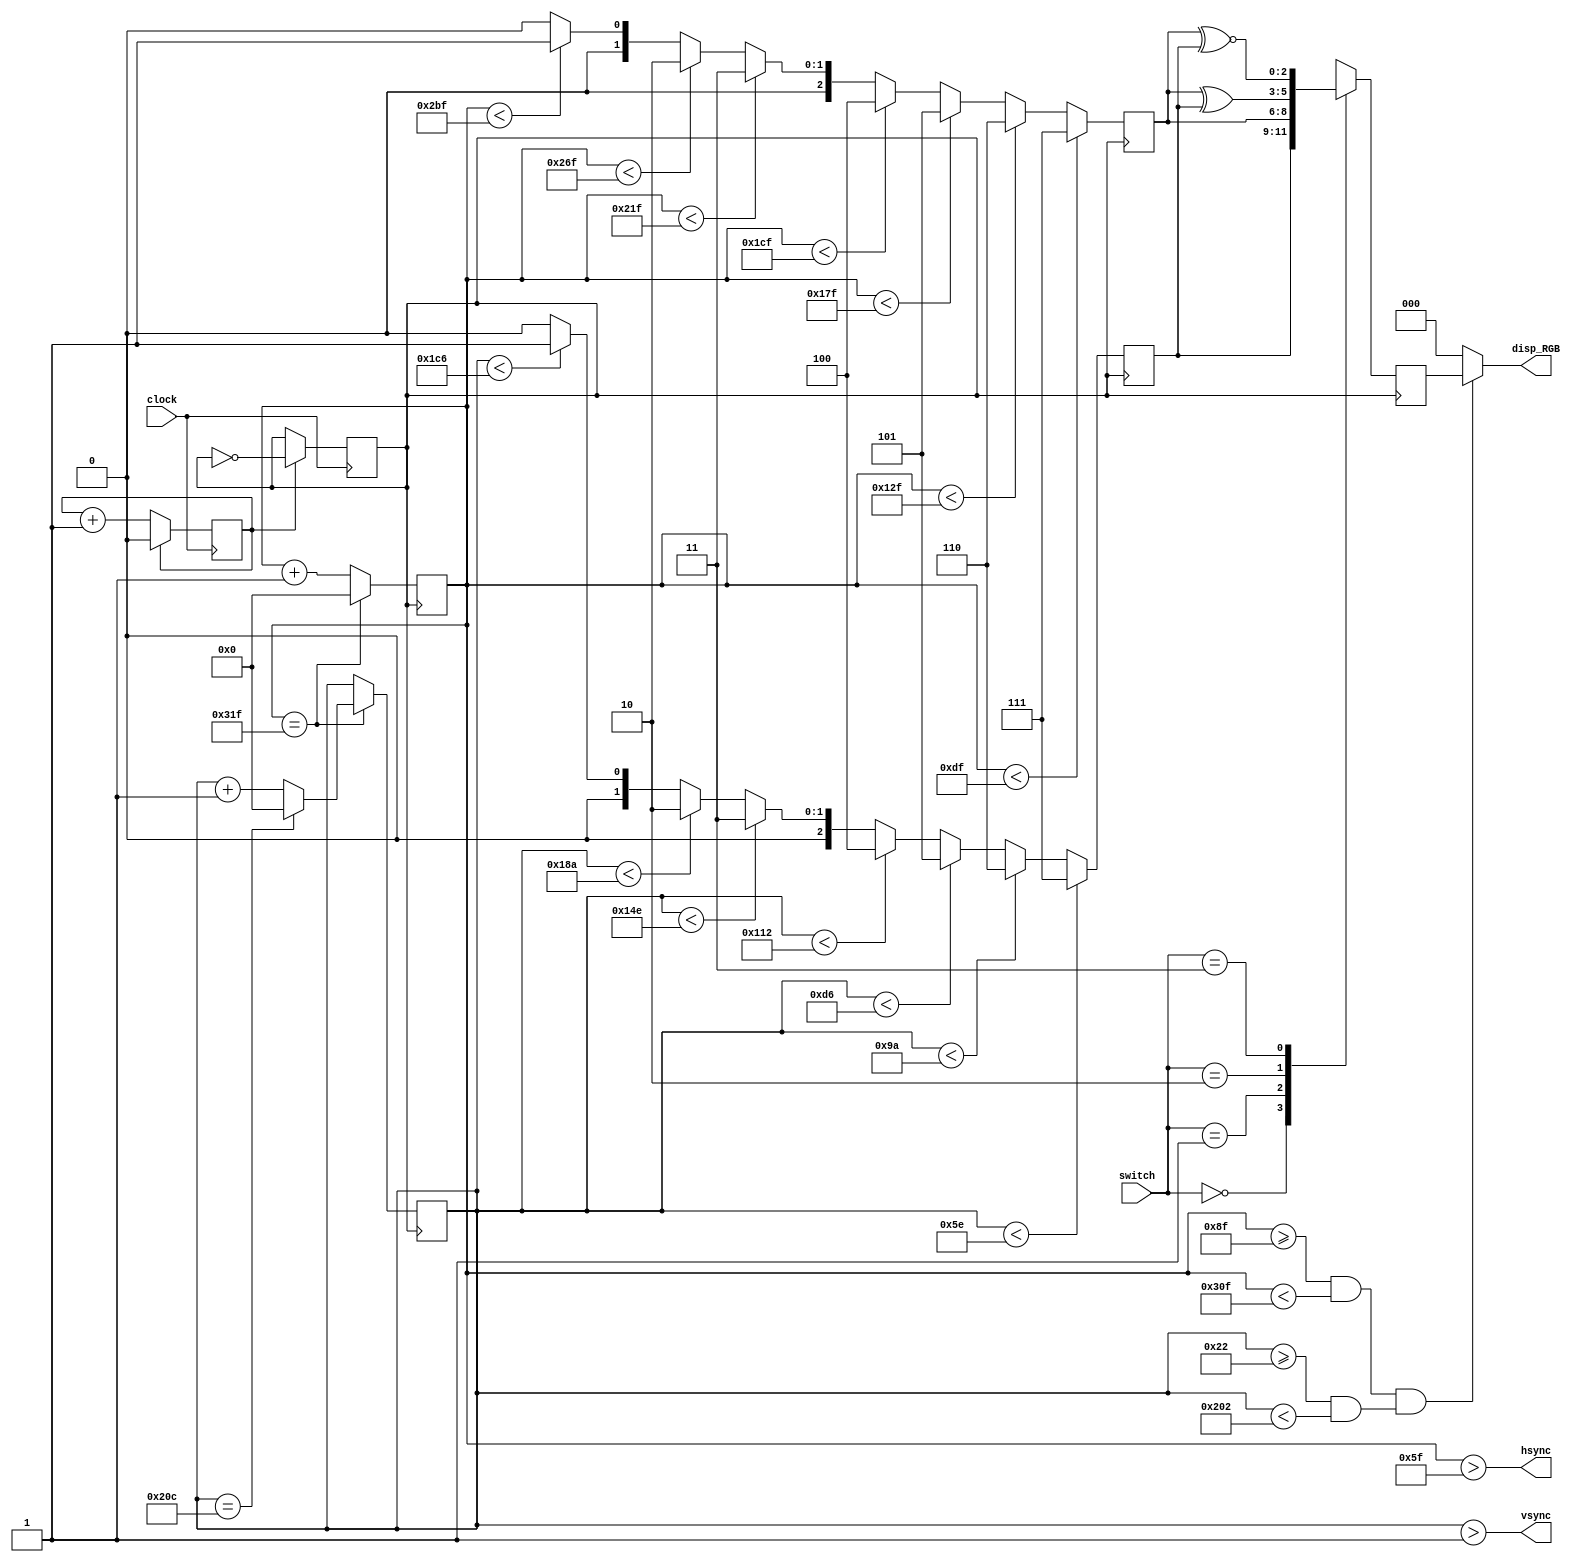
module vga( clock, switch, disp_RGB, hsync, vsync );

            input clock; //ϵͳʱ 100MHz
            input [1:0]switch;
            output [2:0]disp_RGB; //VGA 
            output hsync; //VGA ͬź
            output vsync; //VGA ͬź

            reg [9:0] hcount; //VGA ɨ
            reg [9:0] vcount; //VGA ɨ
            reg [2:0] data;
            reg [2:0] h_dat;
            reg [2:0] v_dat;
            reg flag;
            wire hcount_ov;
            wire vcount_ov;
            wire dat_act;
            wire hsync;
            wire vsync;
            reg vga_clk=0;
            reg cnt_clk=0; //Ƶ

            //VGA Сɨʱ
            parameter hsync_end = 10'd95,
            hdat_begin = 10'd143,
            hdat_end = 10'd783,
            hpixel_end = 10'd799,
            vsync_end = 10'd1,
            vdat_begin = 10'd34,
            vdat_end = 10'd514,
            vline_end = 10'd524;

            always @(posedge clock)
            begin
                if(cnt_clk == 1)begin
                    vga_clk <= ~vga_clk;
                    cnt_clk <= 0;
                 end
                else
                    cnt_clk <= cnt_clk +1;
            end

  //************************VGA *******************************//ɨ
            always @(posedge vga_clk)
            begin
                if (hcount_ov)
                    hcount <= 10'd0;
                 else
                     hcount <= hcount + 10'd1;
            end
            assign hcount_ov = (hcount == hpixel_end);

            //ɨ
            always @(posedge vga_clk)
            begin
                if (hcount_ov)
                begin
                    if (vcount_ov)
                        vcount <= 10'd0;
                    else
                        vcount <= vcount + 10'd1;
                end
            end
            assign vcount_ov = (vcount == vline_end);

            //ݡͬź
            assign dat_act = ((hcount >= hdat_begin) && (hcount < hdat_end))
&& ((vcount >= vdat_begin) && (vcount < vdat_end));
            assign hsync = (hcount > hsync_end);
            assign vsync = (vcount > vsync_end);
            assign disp_RGB = (dat_act) ? data : 3'h00;

            always @(posedge vga_clk)
            begin
                case(switch[1:0])
                    2'd0: data <= h_dat; //ѡ
                    2'd1: data <= v_dat; //ѡ
                    2'd2: data <= (v_dat ^ h_dat); //̸
                    2'd3: data <= (v_dat ~^ h_dat); //̸
                endcase
            end

            always @(posedge vga_clk) //
            begin
                if(hcount < 223)
               v_dat <= 3'h7; 
                else if(hcount < 303)
                    v_dat <= 3'h6; 
                else if(hcount < 383)
               v_dat <= 3'h5;
                else if(hcount < 463)
               v_dat <= 3'h4; 
                else if(hcount < 543)
               v_dat <= 3'h3; 
                else if(hcount < 623)
               v_dat <= 3'h2; 
                else if(hcount < 703)
               v_dat <= 3'h1; 
                else
               v_dat <= 3'h0; 
            end

            always @(posedge vga_clk) //
            begin
                if(vcount < 94)
               h_dat <= 3'h7; 
                else if(vcount < 154)
               h_dat <= 3'h6; 
                else if(vcount < 214)
               h_dat <= 3'h5; 
                else if(vcount < 274)
               h_dat <= 3'h4; 
                else if(vcount < 334)
               h_dat <= 3'h3; 
                else if(vcount < 394)
               h_dat <= 3'h2; 
                else if(vcount < 454)
               h_dat <= 3'h1; 
                else
                    h_dat <= 3'h0;
                end
            endmodule